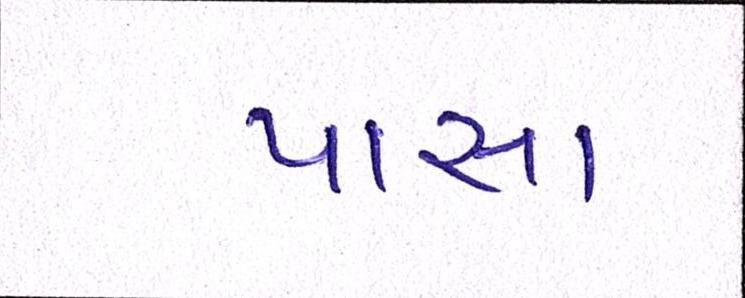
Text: પાસા